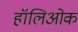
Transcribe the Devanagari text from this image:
हॉलिओक